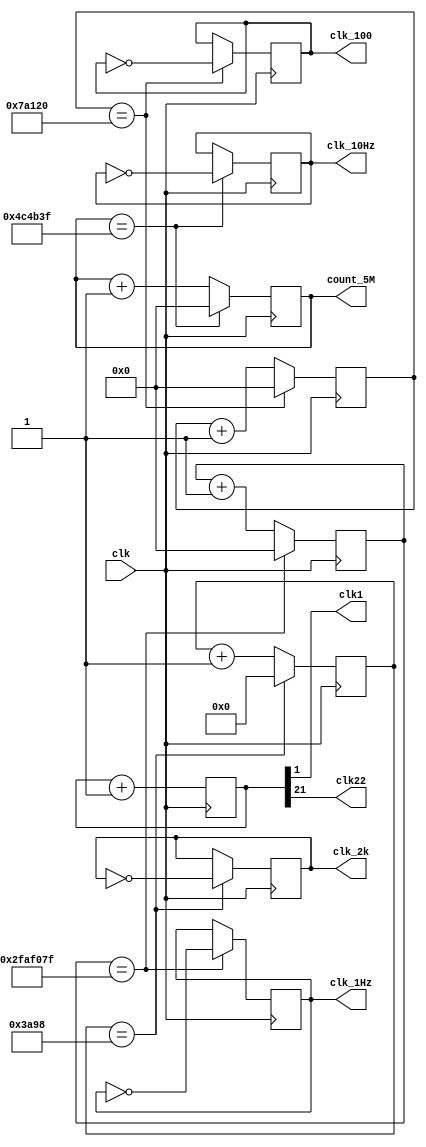
module clock_divisor(clk1, clk, clk22, clk_10Hz, clk_1Hz, clk_2k, clk_100, count_5M);
input clk;
output clk1;
output clk22;
output reg clk_1Hz;
output reg clk_10Hz;
output reg clk_2k;
output reg clk_100;
output reg [26:0] count_5M;
reg [21:0] num;
wire [21:0] next_num;

reg clk_10Hz_next;
reg [26:0] count_5M_next;

always @(posedge clk) begin
  num <= next_num;
end

assign next_num = num + 1'b1;
assign clk1 = num[1];
assign clk22 = num[21];

always@* begin
    if (count_5M == 27'd5000000 - 1'd1) begin
        count_5M_next = 27'd0;
        clk_10Hz_next = ~clk_10Hz;
    end
    else begin
        count_5M_next = count_5M + 1'b1;
        clk_10Hz_next = clk_10Hz;
    end
end
always @(posedge clk) begin
    count_5M <= count_5M_next;
    clk_10Hz <= clk_10Hz_next;
end

reg [26:0] cnt_50M_next, cnt_50M;
reg clk_1Hz_next;
always@* begin
    if (cnt_50M == 27'd50000000 - 1'd1) begin
        cnt_50M_next = 27'd0;
        clk_1Hz_next = ~clk_1Hz;
    end
    else begin
        cnt_50M_next = cnt_50M + 1'd1;
        clk_1Hz_next = clk_1Hz;
    end
end

always@(posedge clk) begin
    clk_1Hz = clk_1Hz_next;
    cnt_50M = cnt_50M_next;
end

// *********************
// Clock divider for 100 Hz
// *********************
// Clock Divider: Counter operation 

reg [26:0] count_500K, count_500K_next;
reg clk_100_next;
always @*
  if (count_500K == 27'd500000)
  begin
    count_500K_next = 27'd0;
    clk_100_next = ~clk_100;
  end
  else
  begin
    count_500K_next = count_500K + 1'b1;
    clk_100_next = clk_100;
  end


// Counter flip-flops
always @(posedge clk) begin
    count_500K <= count_500K_next;
    clk_100 <= clk_100_next;
end

// *********************
// Clock divider for 2k Hz
// *********************
// Clock Divider: Counter operation 

reg [14:0] count_25K, count_25K_next;
reg clk_2k_next;
always @*
  if (count_25K == 15'd15000)
  begin
    count_25K_next = 15'd0;
    clk_2k_next = ~clk_2k;
  end
  else
  begin
    count_25K_next = count_25K + 1'b1;
    clk_2k_next = clk_2k;
  end


// Counter flip-flops
always @(posedge clk) begin
    count_25K <= count_25K_next;
    clk_2k <= clk_2k_next;
end
  
endmodule